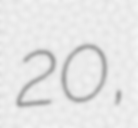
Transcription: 20,